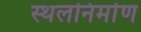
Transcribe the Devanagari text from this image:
स्थलनिर्माण